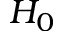
H _ { 0 }